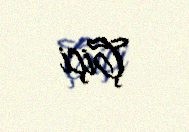
Çiçi